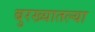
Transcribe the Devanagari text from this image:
बुरख्यातल्या